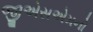
જીએસએમનો